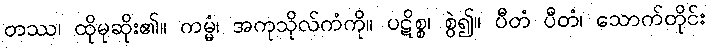
တဿ၊ ထိုမုဆိုး၏။ ကမ္မံ၊ အကုသိုလ်ကံကို။ ပဋိစ္စ၊ စွဲ၍။ ပီတံ ပီတံ၊ သောက်တိုင်း